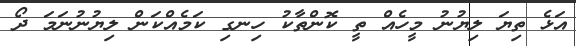
އަޅެ ތިޔަ ލިޔުނު މީހެއް ތީ ކޮންތާކު ހިނގި ކަމެއްކަން ލިޔުނުނަމަ ދޯ